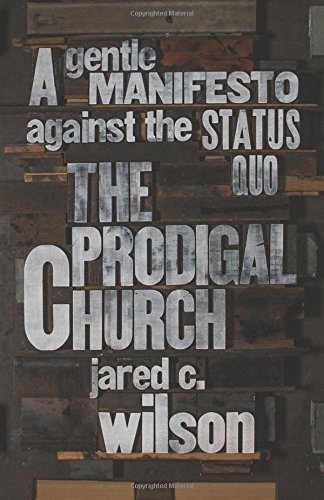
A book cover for The Prodigal Church: A Gentle Manifesto against the Status Quo; Jared C. Wilson; Christian Books & Bibles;